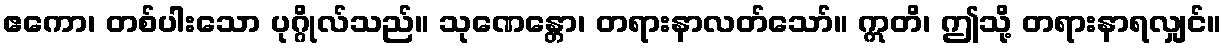
ဧကော၊ တစ်ပါးသော ပုဂ္ဂိုလ်သည်။ သုဏေန္တော၊ တရားနာလတ်သော်။ ဣတိ၊ ဤသို့ တရားနာရလျှင်။